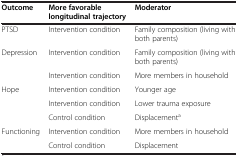
<table><thead><tr><td><b>Outcome</b></td><td><b>More favorable longitudinal trajectory</b></td><td><b>Moderator</b></td></tr></thead><tbody><tr><td>PTSD</td><td>Intervention condition</td><td>Family composition (living with both parents)</td></tr><tr><td>Depression</td><td>Intervention condition</td><td>Family composition (living with both parents)</td></tr><tr><td> </td><td>Intervention condition</td><td>More members in household</td></tr><tr><td>Hope</td><td>Intervention condition</td><td>Younger age</td></tr><tr><td> </td><td>Intervention condition</td><td>Lower trauma exposure</td></tr><tr><td> </td><td>Control condition</td><td>Displacement<sup>a</sup></td></tr><tr><td>Functioning</td><td>Intervention condition</td><td>More members in household</td></tr><tr><td> </td><td>Control condition</td><td>Displacement</td></tr></tbody></table>